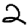
Digit: 2